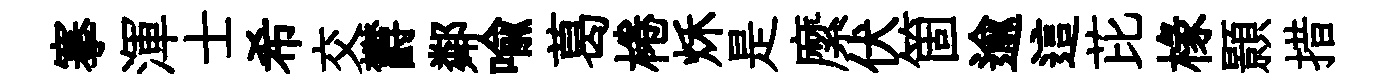
搴渾士希交欝鄰喻葛棬秌是縻伏箇逾這芘椽顥措